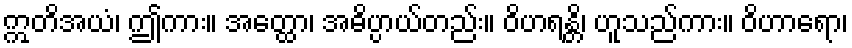
ဣတိအယံ၊ ဤကား။ အတ္ထော၊ အဓိပ္ပာယ်တည်း။ ဝိဟရန္တိ၊ ဟူသည်ကား။ ဝိဟာရော၊